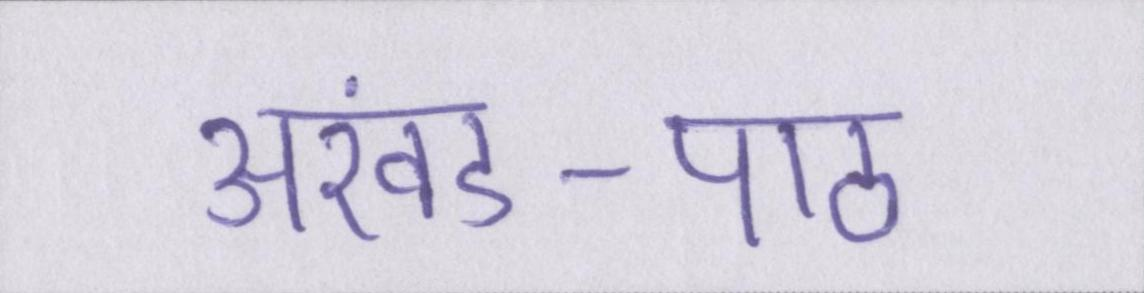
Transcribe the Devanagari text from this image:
अखंड-पाठ